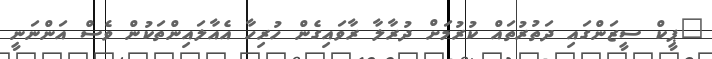
"ޕީކް ސީޒަންގައި ދަތުރުތައް ކުރުމަށް ދުރާލާ ރާވައިގެން ހުރިހާ އެއާލައިންތަކުން ވެސް އަންނަނީ